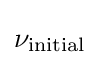
\nu _{\text{initial}}